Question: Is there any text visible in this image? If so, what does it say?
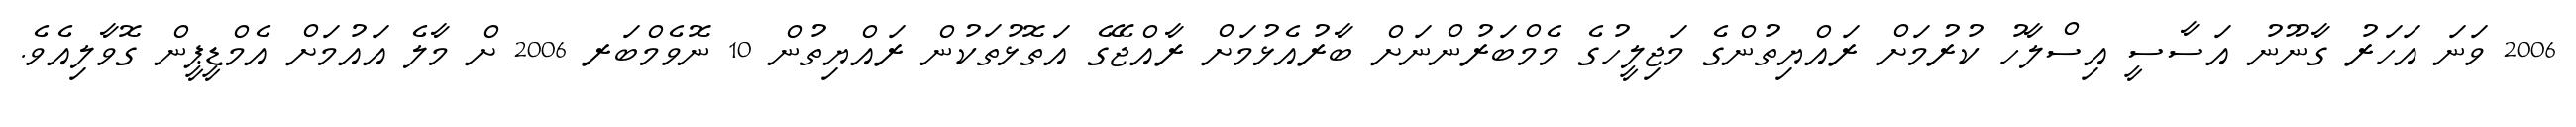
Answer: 2006 ވަނަ އަހަރު ގާނޫނު އަސާސީ އިސްލާހު ކުރުމަށް ރައްޔިތުންގެ މަޖިލީހުގެ މެމްބަރުންނަށް ބާރުއެޅުމަށް ރާއްޖޭގެ އަތޮޅުތަކުން ރައްޔިތުން 10 ނޮވެމްބަރ 2006 ށް މާލެ އައުމަށް އެމްޑީޕީން ގޮވާލިއެވެ.